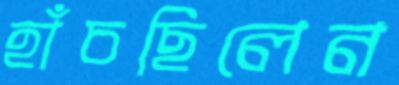
হাঁচছিলেন